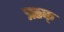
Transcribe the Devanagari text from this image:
ऋक्‌